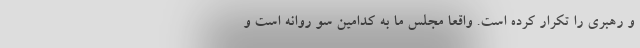
و رهبری را تکرار کرده است. واقعاً مجلس ما به کدامین سو روانه است و